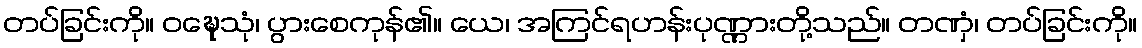
တပ်ခြင်းကို။ ဝဍ္ဎေသုံ၊ ပွားစေကုန်၏။ ယေ၊ အကြင်ရဟန်းပုဏ္ဏားတို့သည်။ တဏှံ၊ တပ်ခြင်းကို။